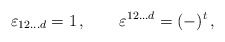
\begin{align*}\varepsilon_{12\ldots d}=1\,,\qquad \varepsilon^{12\ldots d}=(-)^t\,,\end{align*}